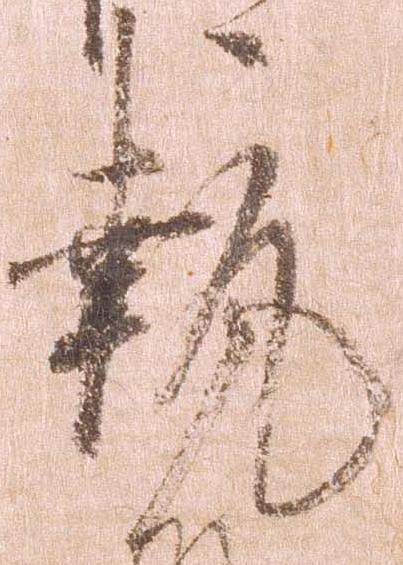
執